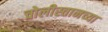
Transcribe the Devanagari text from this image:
चोलीस्तानच्या